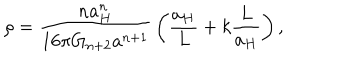
\rho = { \frac { n a _ { H } ^ { n } } { 1 6 \pi G _ { n + 2 } a ^ { n + 1 } } } \left( { \frac { a _ { H } } { L } } + k { \frac { L } { a _ { H } } } \right) ,